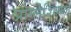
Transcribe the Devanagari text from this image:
प्रोग्लेशियल